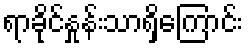
ရာခိုင်နှုန်းသာရှိကြောင်း